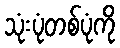
သုံးပုံတစ်ပုံကို